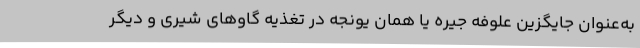
به‌عنوان جایگزین علوفه جیره یا همان یونجه در تغذیه گاوهای شیری و دیگر